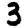
Digit: 3